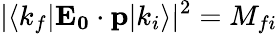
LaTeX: |\langle k_{f}|\mathbf{E_{0}}\cdot\mathbf{p}|k_{i}\rangle|^{2}=M_{fi}